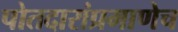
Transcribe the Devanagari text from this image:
पोतदारांप्रमाणेच